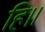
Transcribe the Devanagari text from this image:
हि॥